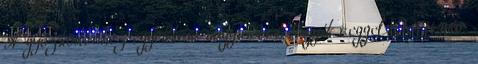
A győzködéshez egyébként nagyon ért. Egyik reggel Brett már